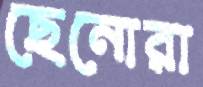
ছেনোরা